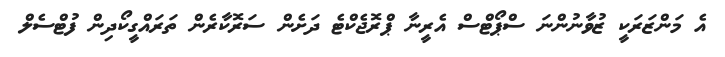
އެ މަންޒަރަކީ ޒުވާނުންނަ ސްޕޯޓްސް އެރީނާ ޕްރޮޖެކްޓެ ދަށެން ސަރޮކާރެން ތަރައްގީކޯދިން ފުޓްސެލް